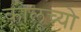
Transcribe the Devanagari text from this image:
कोलूच्यो